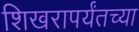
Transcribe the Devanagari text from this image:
शिखरापर्यंतच्या